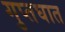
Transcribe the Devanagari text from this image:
गुप्तघात